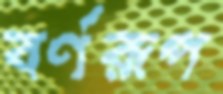
বর্ণরূপ